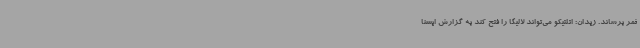
ثمر برساند. زیدان: اتلتیکو می‌تواند لالیگا را فتح کند به گزارش ایسنا